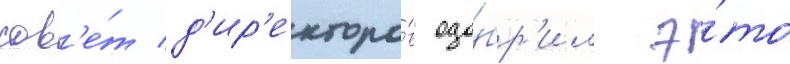
сов'е́т д'ир'екторо́в одо́бр'ил э́то